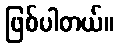
ဖြစ်ပါတယ်။